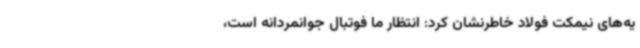
یه‌های نیمکت فولاد خاطرنشان کرد: انتظار ما فوتبال جوانمردانه است،